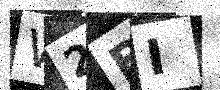
Text: W2BI